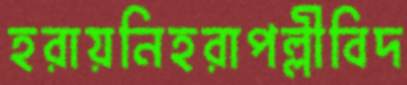
হরায়নিহরাপল্লীবিদ